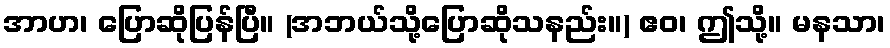
အာဟ၊ ပြောဆိုပြန်ပြီ။ (အဘယ်သို့ပြောဆိုသနည်း။) ဧဝ၊ ဤသို့။ မနသာ၊